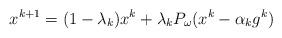
LaTeX: \begin{align*}x^{k+1} =(1-\lambda_k)x^k+\lambda_kP_{\omega}(x^k -\alpha_k g^k)\end{align*}